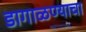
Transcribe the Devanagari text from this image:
डागाळण्याचा